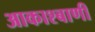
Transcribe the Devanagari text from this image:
आकाश्बाणी